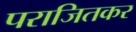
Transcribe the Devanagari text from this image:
पराजितकर